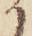
か